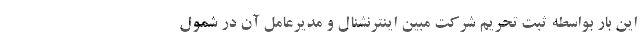
این بار بواسطه ثبت تحریم شرکت مبین اینترنشنال و مدیرعامل آن در شمول